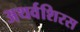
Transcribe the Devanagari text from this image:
अथर्वशिरस